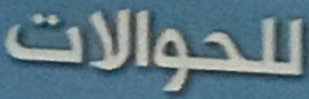
للحوالات